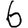
Digit: 6